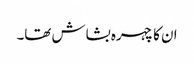
ان کا چہرہ بشاش تھا۔